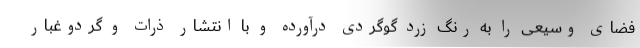
فضای وسیعی را به رنگ زرد گوگردی درآورده و با انتشار ذرات و گردوغبار